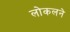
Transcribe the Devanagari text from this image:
लोकलने